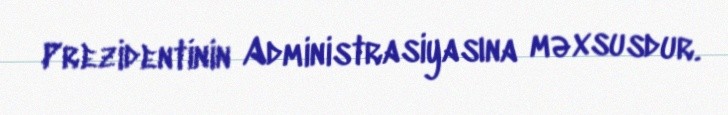
Prezidentinin Administrasiyasına məxsusdur.